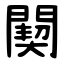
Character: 䦬